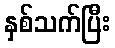
နှစ်သက်ပြီး